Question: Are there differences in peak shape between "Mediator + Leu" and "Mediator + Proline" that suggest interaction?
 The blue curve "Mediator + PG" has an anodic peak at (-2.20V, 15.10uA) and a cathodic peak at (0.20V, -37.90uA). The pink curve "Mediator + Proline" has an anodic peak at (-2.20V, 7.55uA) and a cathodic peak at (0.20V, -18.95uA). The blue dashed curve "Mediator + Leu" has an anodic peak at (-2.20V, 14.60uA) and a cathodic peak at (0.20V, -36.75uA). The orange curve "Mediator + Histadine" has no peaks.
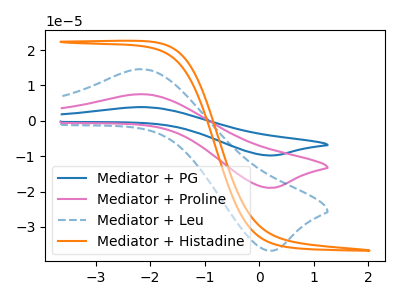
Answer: <think>All the peaks in "Mediator + Leu" have a peak in "Mediator + Proline" at the same potential. Every peak in "Mediator + Leu" is higher than every peak in "Mediator + Proline".
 </think>
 <answer>No, "Mediator + Leu" and "Mediator + Proline" don't appear to be significantly different in shape</answer>
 <eval>no_change</eval>